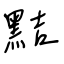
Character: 黠